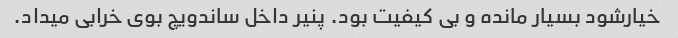
خیارشود بسیار مانده و بی کیفیت بود. پنیر داخل ساندویچ بوی خرابی میداد.